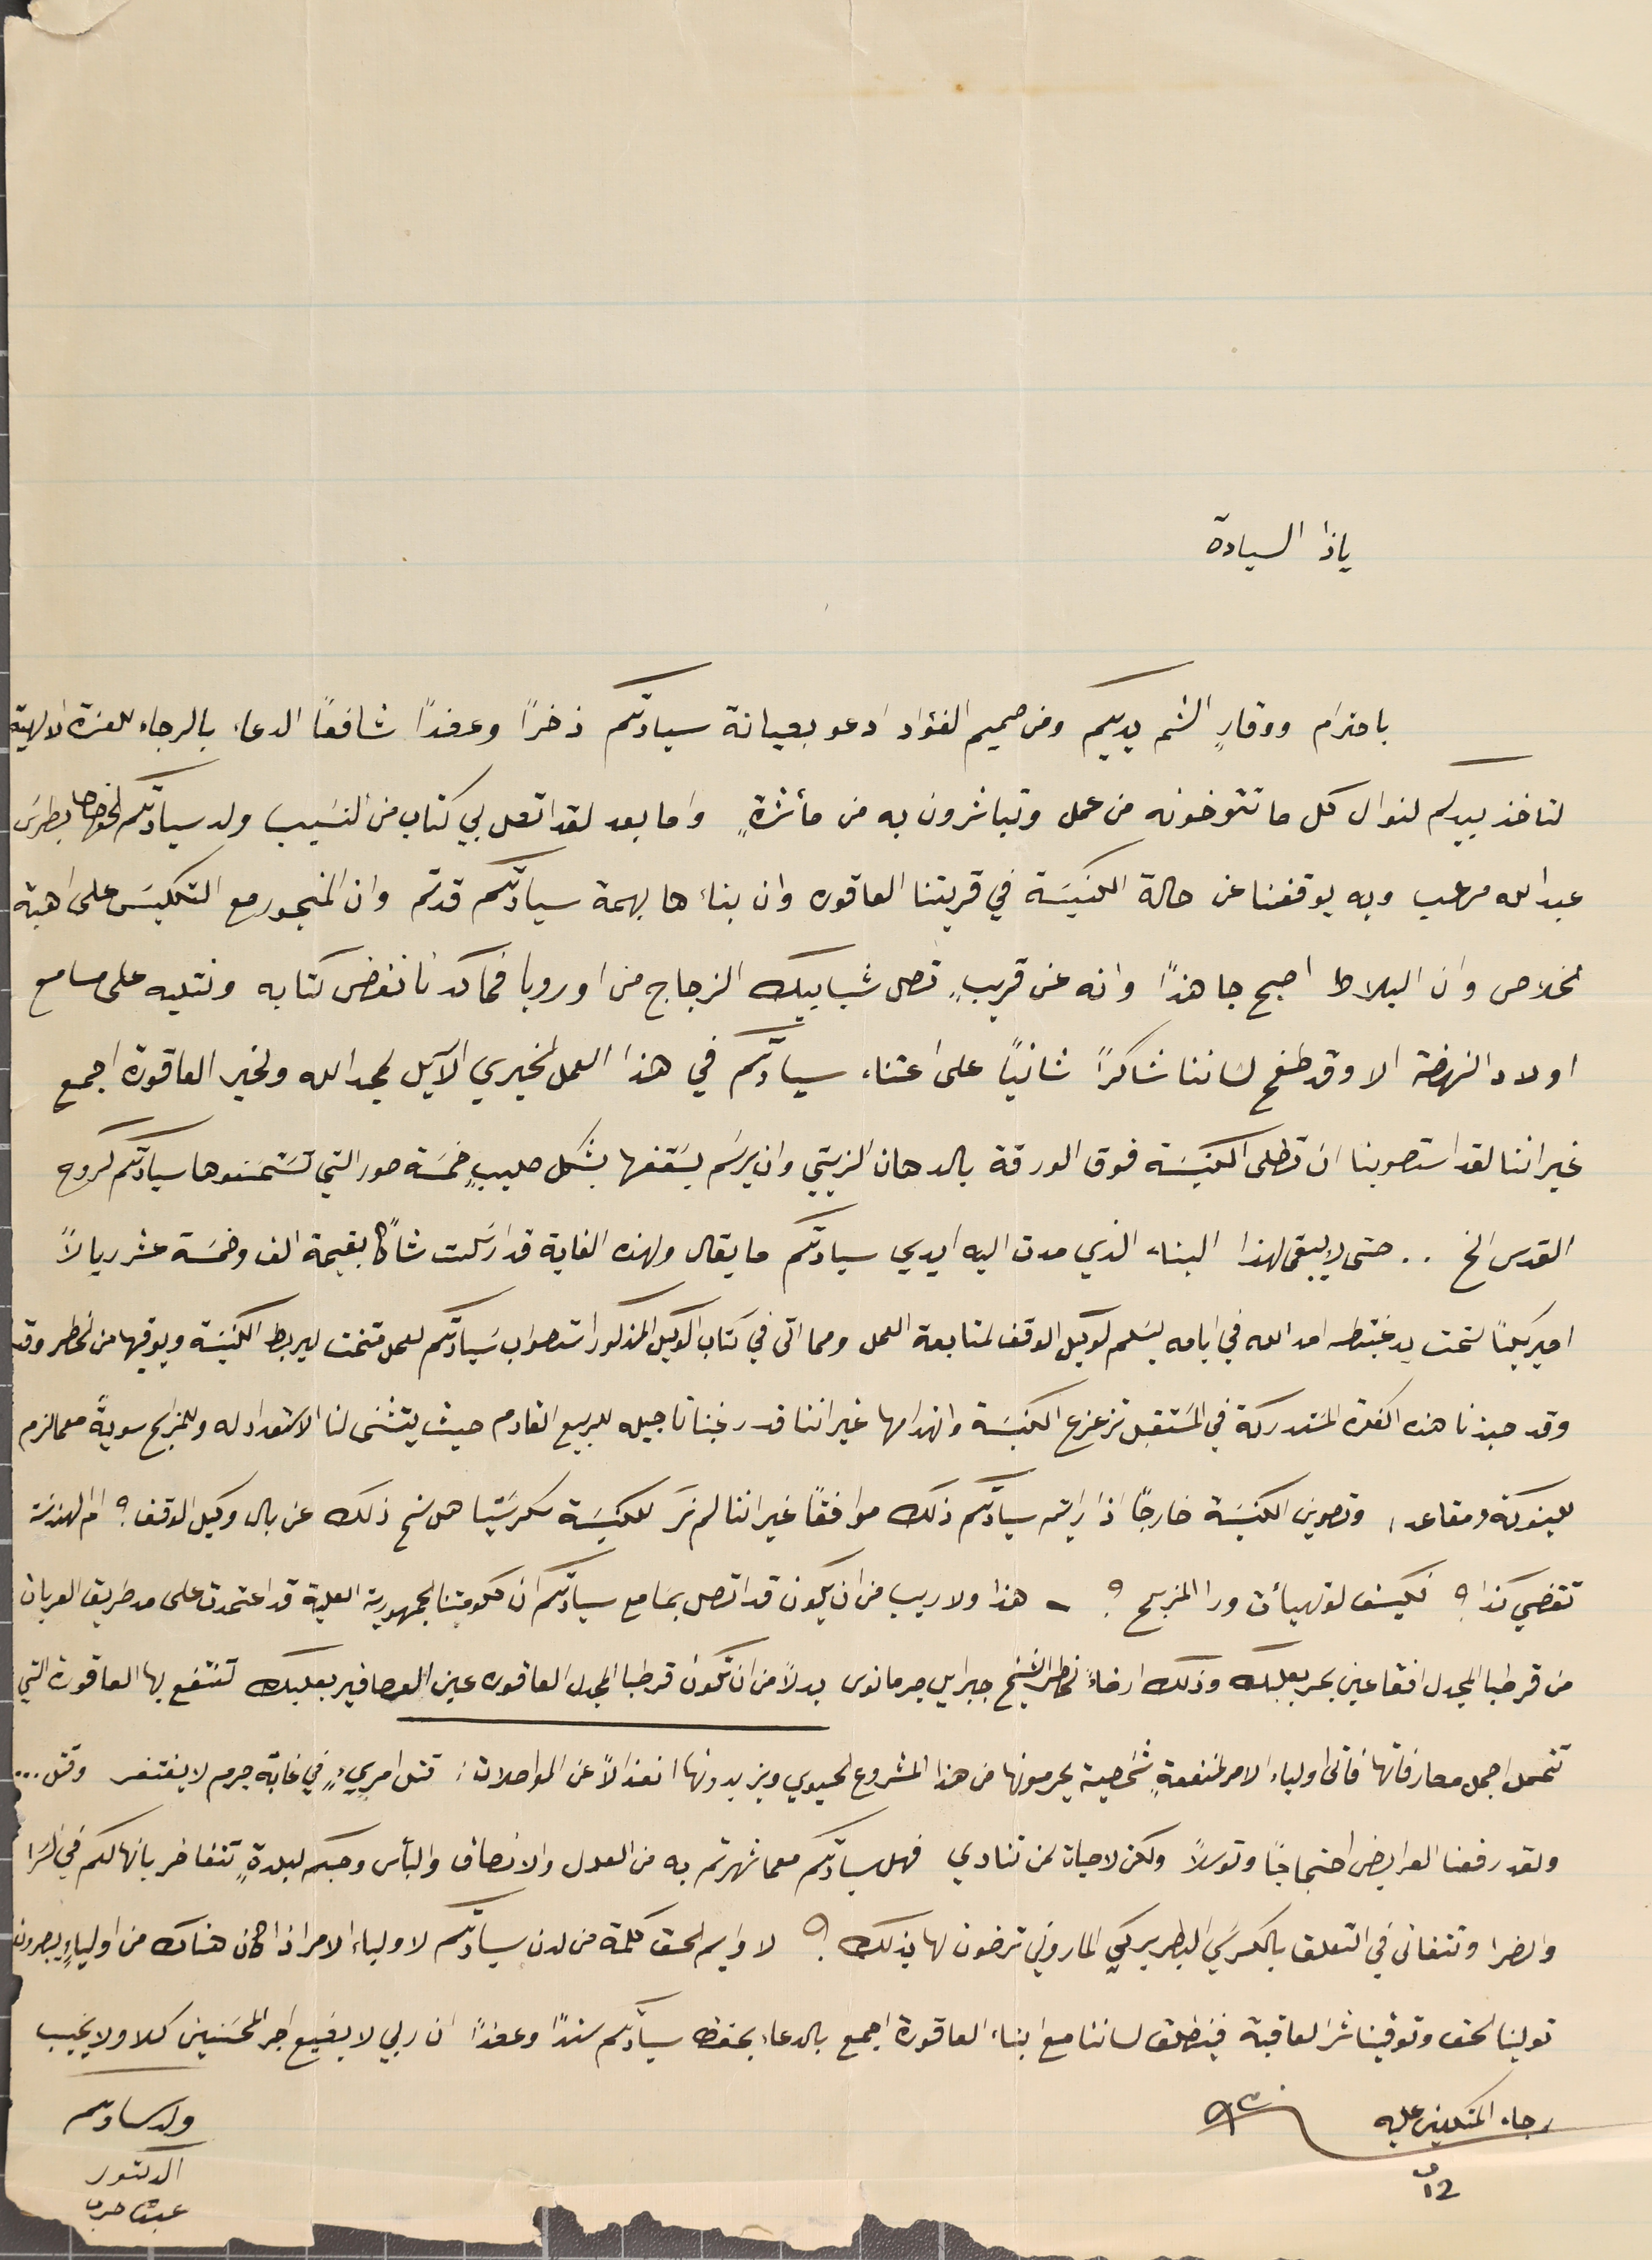
ياذا السيادة
باحترام ووقارٍ الثم يديكم ومن صميم الفؤاد ادعو بعيانة سيادتم ذخراً وعضداً شافعًا الدعاء بالرجاء للعزة الالهية
لتاخذ بيدكم لنوال كل ما تتوخونه من عمل وتباشرون به من مأثرةٍ واما بعد لقد اتصل بي كتاب من النسَيب ولد سيادتكم الخواجا بطرسَ
عبدالله مرعب وبه يوقفنا عن حالة الكنيسَة في قريتنا العاقوره وان بناءها بهمة سيادتكم قد تم وان المنجور مع التكليسَ على اهبة
الخلاص وان البلاط اصبح جاهزاً وانه عن قريبٍ تصل شبابيك الزجاج من اوروبا فما كدنا نفضى كتابه ونتليه على مسامع
اولاد النهضة الا وقد طفح لساننا شاكراً ثانياً على اعتناء سيادتكم في هذا العمل الخيري الآيل لمجد الله ولخير العاقورة اجمع
غير اننا لقد استصوبنا ان تطلى الكنيسَة فوق الورقة بالدهان الزيتي وان يرسَم بسَقفها بشكل صليبٍ خمسَة صور التي تسَتمنوها سيادتكم لروح
القدس الخ.. حتى لا يبقى لهذا البناء الذي مدت اليه ايدي سيادتكم ما يقال ولهذه الغاية قد ارسَلت شاكًا بقيمة الف وخمسَة عشر ريالاً
اميركيًا لتحت يد غبطته امد الله في ايامه ليسَلم لوكيل الوقف لمتابعة العمل ومما اتى في كتاب الوكيل المذكور استصواب سَيادتكم لعمل متخت لبربط الكنيسَة ويوقيها من الخطر وقد
وقد حبذنا هذه الفكرة المسَتدركة في المَستقبل تزعزع الكنيسَة وانهدامها غير اننا قد رغبنا تاجيله للربيع القادم حيث يتثنى لنا الاستعداد له وللمذبح سويةً ممالزم
للبنوكة ومقاعد، وتصوين الكنيسَة خارجاً اذا رايتم سيادتكم ذلك موافقاً غير اننا لم نرَ للكنيسَة سكرسَتيا هل سنح ذلك عن بال وكيل الوقف؟ ام الهندسَة
تقضي كذا ؟ فكيف لوتهيأت ورا المزبح ؟ - هذا ولا ريب من ان يكون قد اتصل بمسَامع سيادتكم ان حكومتنا الجمهورية العلية قد اعتمدت على مد طريق العربات
من قرطبا المجدل افقا عين بحر بعلبك وذلك ارضاءً لخاطر الشيخ جبرايل جرمانوس بدلاً من ان تكون قرطبا المجدل العاقورة عين العصافير بعلبك تنتفع بها العاقورة التي
تتحمل اجمل مصارفاتها فأتى اولياء الامر لمنفعةٍ شخصية يحرمونها من هذا المشروع الحيوي ويزيدونها انعزالاً عن المواصلات: قتل امريءٍ في غابة جرم لا يغتفر وقتل..
ولقد رفعنا العرايض احتجاجاً وتوسلاً ولكن لا حيات لمن تنادي فهل سيادتكم معما شهرتم به من العدل والانصاف والبأس وحبكم لبلدةٍ تتفاخر بانها لكم في السَرا
والضرا وتتفانى في التعلق بالكرسَي البطريركي الماروني ترضون لها بذلك ؟ لا دايم لحق كلمة من لدن سيادتكم لاولياء الامر اذا كان هناك من اولياءٍ يبصرون
تولينا لحق وتوقينا شر العاقبة فينطلق لساننا مع ابناء العاقورة اجمع بالدعاء بحفظ سيادتكم سندًا وعضدًا ان ربي لا يضيع اجر المحسَنين كلا ولا يخيب
رجا المتكلين عليه ٩٣٠
عبده حرب
٢ ت١
ولد سىادىكم
الدكتور